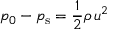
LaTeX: p _ { 0 } - p _ { \mathrm { s } } = { \frac { 1 } { 2 } } \rho \, u ^ { 2 }